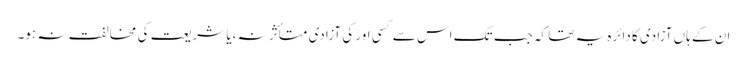
ان کے ہاں آزادی کا دائرہ یہ تھا کہ جب تک اس سے کسی اور کی آزادی متأثر نہ ،یا شریعت کی مخالفت نہ ہو۔